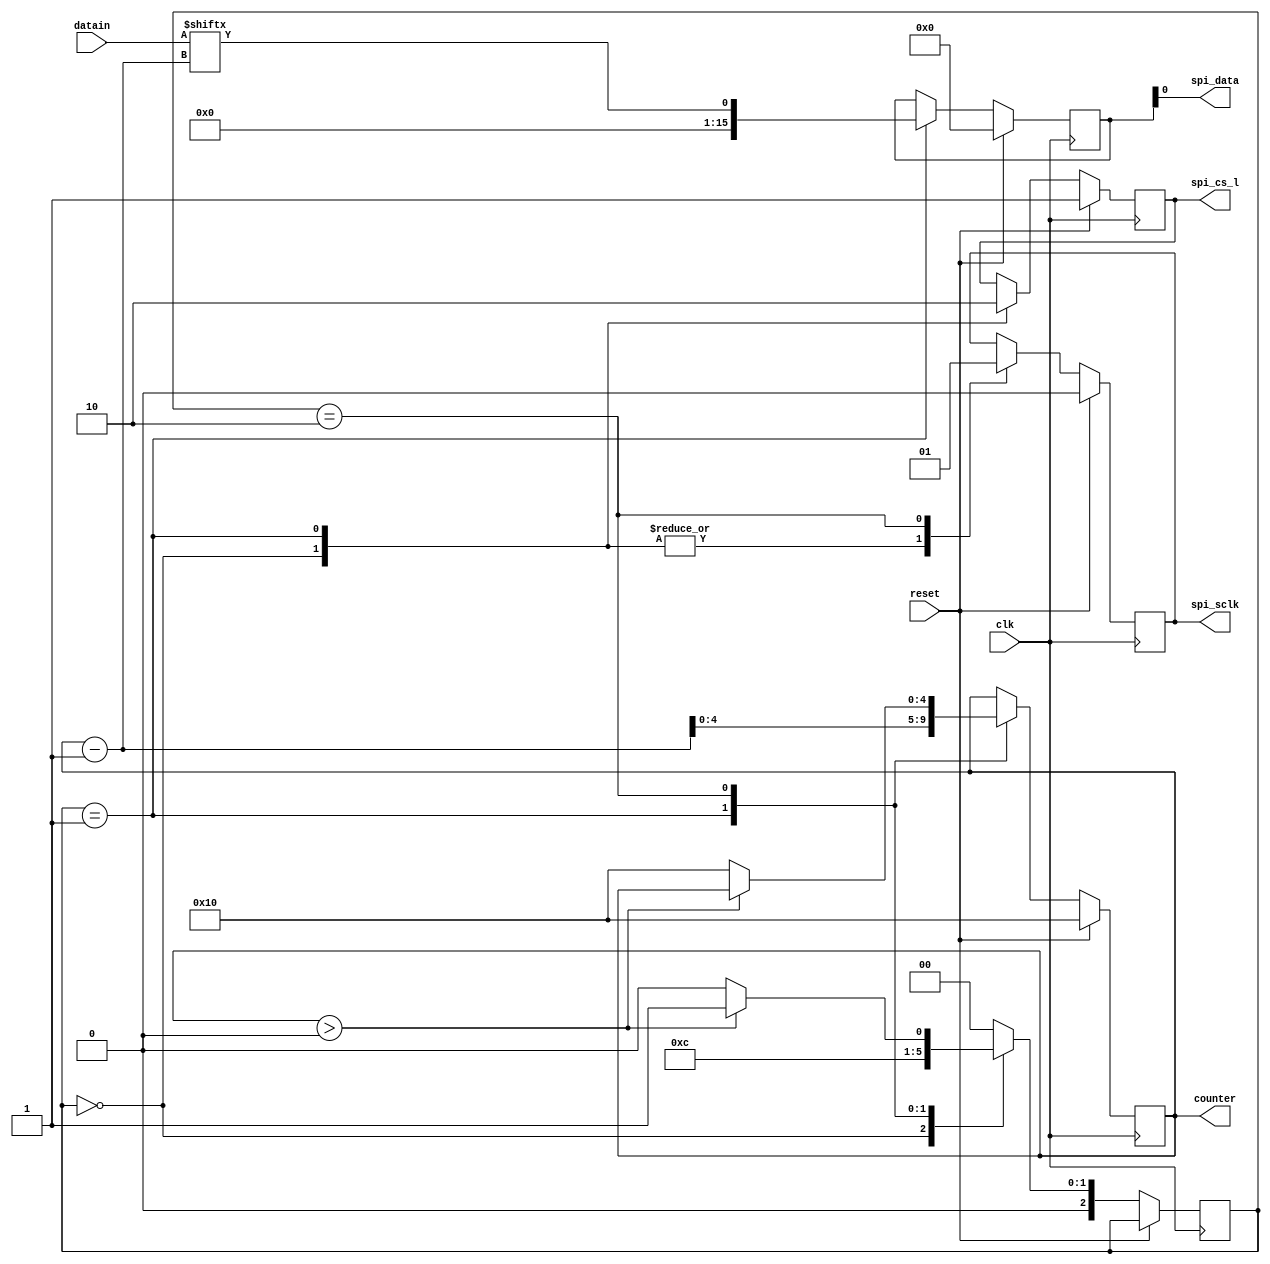
`timescale 1ns / 1ps
//////////////////////////////////////////////////////////////////////////////////
// Company: 
// Engineer: 
// 
// Design Name: 
// Module Name: fifo
// Project Name: 
// Target Devices: 
// Tool Versions: 
// Description: 
// 
// Dependencies: 
// 
// Revision:
// Revision 0.01 - File Created
// Additional Comments:
 
module spi_state(

          input clk,
          input reset,
          input [15:0]datain,
          output spi_cs_l,
          output spi_sclk,
          output spi_data,
          output[4:0]counter

);

reg [15:0]mosi;
reg [4:0]count;
reg cs_l;    // chip select active low
reg sclk;
reg [2:0]state;



always @(posedge clk)
begin
if(reset) begin
mosi<=16'b0;
count<=5'b10000;
cs_l<=1'b1;
sclk<=1'b0;
end
  
else begin
case(state)

0: begin
  sclk<=1'b0;
  cs_l<=1'b1;
  state<=1;
end
1: begin
  sclk<=1'b0;
  cs_l<=1'b0;
  mosi<=datain[count-1];
  count=count-1;
  state<=2;
end
2: begin
  sclk<=1'b1;
  if(count>0)
  state<=1;
  else begin
  count<=16;
   state<=0;
   end
   end
default:state<=0;
endcase
end
end
assign spi_cs_l=cs_l;
assign spi_sclk=sclk;
assign spi_data=mosi;
assign counter=count;
endmodule